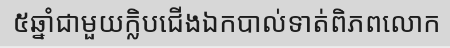
៥ឆ្នាំជាមួយក្លិបជើងឯកបាល់ទាត់ពិភពលោក